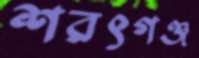
শরৎগঞ্জ